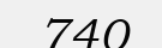
740